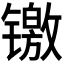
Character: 𬭻